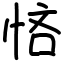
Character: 悋